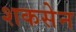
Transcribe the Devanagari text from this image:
शकसेन